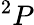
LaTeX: ^{2}P